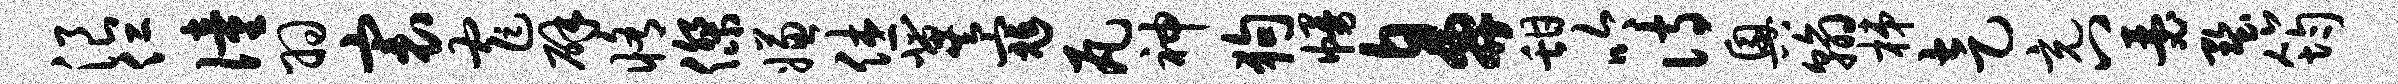
浪仁僮羽寰窄辟修杰嫌休冀寇瓦神狗幔鼻甜吟诗兴翰梯走充八瑟墅筠